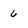
Character: 6